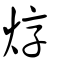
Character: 焞